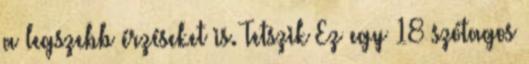
a legszebb érzéseket is. Tetszik Ez egy 18 szótagos